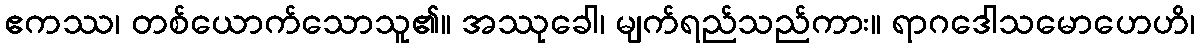
ဧကဿ၊ တစ်ယောက်သောသူ၏။ အဿုခေါ၊ မျက်ရည်သည်ကား။ ရာဂဒေါသမောဟေဟိ၊